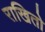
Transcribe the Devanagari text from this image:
राखितो